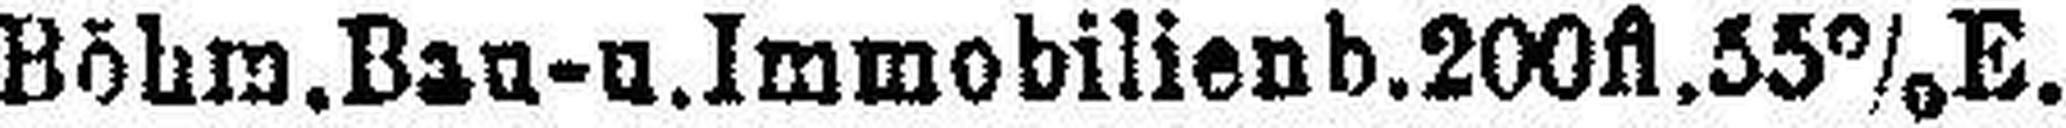
Böhm.Ban- u. Immobilienb. 200fl. 55% E.